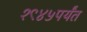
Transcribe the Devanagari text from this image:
१९४५पर्यंत